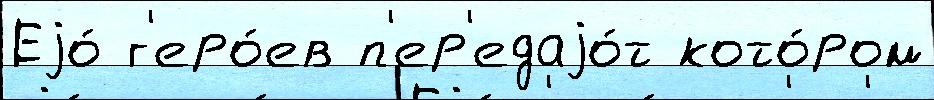
Еjо́ г'еро́ев п'ер'едаjо́т кото́ром